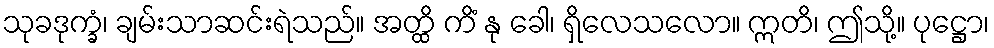
သုခဒုက္ခံ၊ ချမ်းသာဆင်းရဲသည်။ အတ္ထိ ကိံ နု ခေါ၊ ရှိလေသလော။ ဣတိ၊ ဤသို့။ ပုဋ္ဌော၊